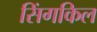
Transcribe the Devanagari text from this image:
सिंगकिल